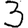
Digit: 3